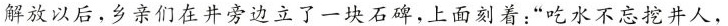
解放以后，乡亲们在井旁边立了一块石碑，上面刻着：”吃水不忘挖井人，